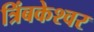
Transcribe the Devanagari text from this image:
त्रिंबकेश्वर